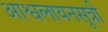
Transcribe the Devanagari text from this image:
आश्वलायनसूत्री